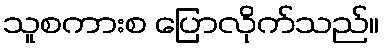
သူစကားစ ပြောလိုက်သည်။